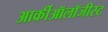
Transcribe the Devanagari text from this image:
आर्कीऑलॉजीस्ट